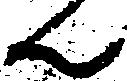
ん